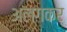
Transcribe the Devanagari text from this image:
अलगकर